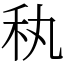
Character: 秇